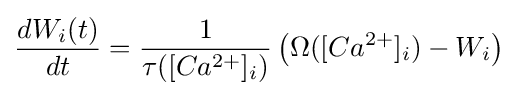
{\frac {dW_{i}(t)}{dt}}={\frac {1}{\tau ([Ca^{2+}]_{i})}}\left(\Omega ([Ca^{2+}]_{i})-W_{i}\right)